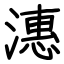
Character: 潓